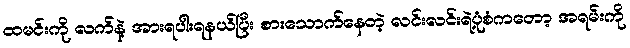
ထမင်းကို လက်နဲ့ အားရပါးရနယ်ပြီး စားသောက်နေတဲ့ လင်းလင်းရဲ့ပုံစံကတော့ အရမ်းကို